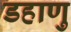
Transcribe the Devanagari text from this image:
डहाणु